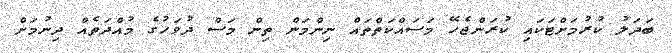
ބަދަލު ކުރުމަށްޓަކައި ކުރަންޖެހޭ މަސައްކަތްތައް ނިންމަން ތިން މަސް ދުވަހުގެ މުއްދަތެއް ދިނުމަށް